Indian Medical Review
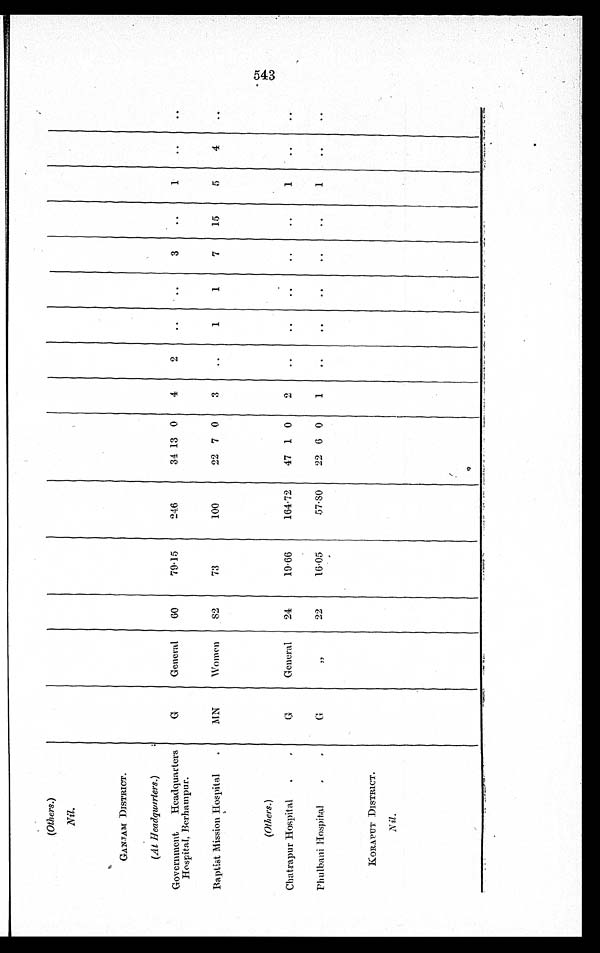
(Others.)
Nil.
GANJAM DISTRICT.
(At Headquarters.)
Government Headquarters
Hospital, Berhampur.
G
General 60
79.15
246
34 13 0
4
2
3
1
Baptist Mission Hospital
MN
Women 82
73
1 0 0 22 7 0
3
1
1
7
15
5
4
(Others. )
Chatrapur Hospital
G General 24
19.66
1 6 4 . 7 2 47 1 0
2
1
Phulbani Hospital
G
„
22
16.05
57.80
22 6 0
1
1
KORAPUT DISTRICT.
Nil.